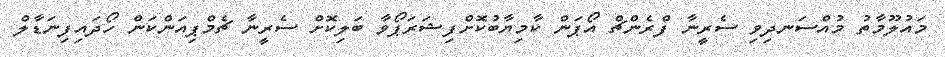
މައުލޫމާތު މުއްސަނދިވި ސެރީނާ ފްރެންޗް އޯޕަން ކާމިޔާބުކޮށްފިޝަރަޕޯވާ ބަލިކޮށް ސެރީނާ ޗެމްޕިއަންކަން ހޯދައިފިނަޑާލް